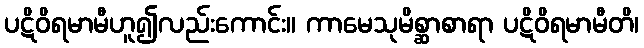
ပဋိဝိရမာမီဟူ၍လည်းကောင်း။ ကာမေသုမိစ္ဆာစာရာ ပဋိဝိရမာမီတိ၊